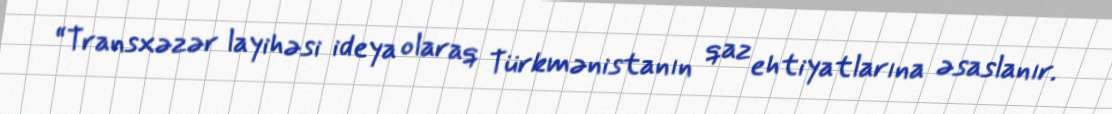
“Transxəzər layihəsi ideya olaraq Türkmənistanın qaz ehtiyatlarına əsaslanır.